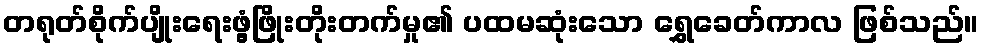
တရုတ်စိုက်ပျိုးရေးဖွံ့ဖြိုးတိုးတက်မှု၏ ပထမဆုံးသော ရွှေခေတ်ကာလ ဖြစ်သည်။